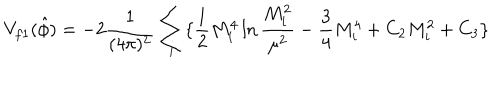
LaTeX: V _ { f 1 } ( \hat { \phi } ) = - 2 \frac { 1 } { ( 4 \pi ) ^ { 2 } } \sum _ { i } \{ \frac { 1 } { 2 } M _ { i } ^ { 4 } \ln \frac { M _ { i } ^ { 2 } } { \mu ^ { 2 } } - \frac { 3 } { 4 } M _ { i } ^ { 4 } + C _ { 2 } M _ { i } ^ { 2 } + C _ { 3 } \}